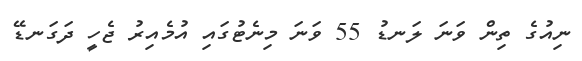
ނިއުގެ ތިން ވަނަ ލަނޑު 55 ވަނަ މިނެޓުގައި އުމެއިރު ޖެހީ ދަގަނޑޭ